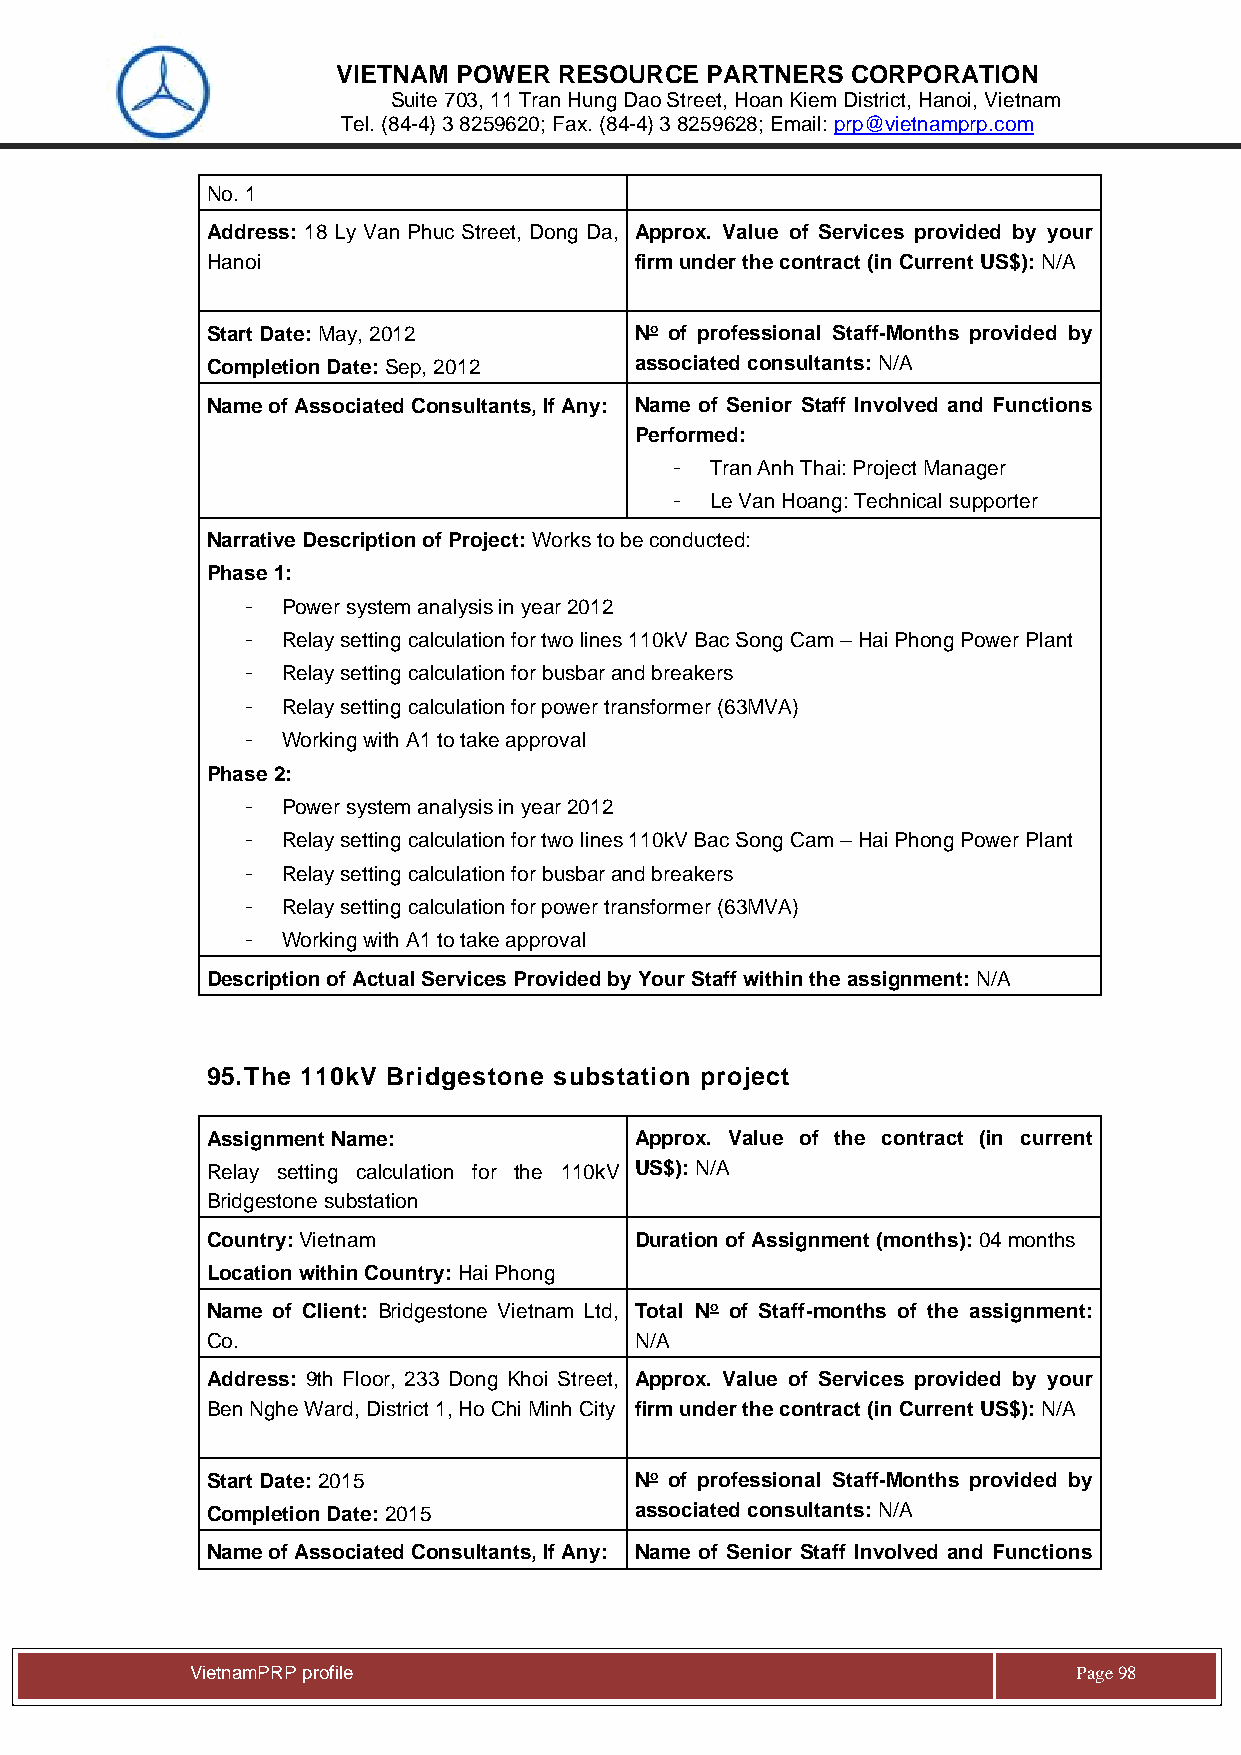
VIETNAM POWER  RESOURCE  PARTNERS CORPORATION
 Suite 703, 11 Tran Hung Dao Street, Hoan Kiem District, Hanoi, Vietnam
 Tel. (84-4) 3 8259620; Fax. (84-4) 3 8259628; Email: prp@vietnamprp.com
 No. 1
 Address: 18 Ly Van Phuc Street, Dong Da, Approx. Value of Services provided by your
 Hanoi                       firm under the contract (in Current US$): N/A
 Start Date: May, 2012       No of professional Staff-Months provided by
 Completion Date: Sep, 2012  associated consultants: N/A
 Name of Associated Consultants, If Any: Name of Senior Staff Involved and Functions
 Performed:
 -  Tran Anh Thai: Project Manager
 -  Le Van Hoang: Technical supporter
 Narrative Description of Project: Works to be conducted:
 Phase 1:
 -  Power system analysis in year 2012
 -  Relay setting calculation for two lines 110kV Bac Song Cam – Hai Phong Power Plant
 -  Relay setting calculation for busbar and breakers
 -  Relay setting calculation for power transformer (63MVA)
 -  Working with A1 to take approval
 Phase 2:
 -  Power system analysis in year 2012
 -  Relay setting calculation for two lines 110kV Bac Song Cam – Hai Phong Power Plant
 -  Relay setting calculation for busbar and breakers
 -  Relay setting calculation for power transformer (63MVA)
 -  Working with A1 to take approval
 Description of Actual Services Provided by Your Staff within the assignment: N/A
 95. The 110kV Bridgestone substation project
 Assignment Name:            Approx. Value of the contract (in current
 Relay setting calculation for the 110kV US$): N/A
 Bridgestone substation
 Country: Vietnam            Duration of Assignment (months): 04 months
 Location within Country: Hai Phong
 Name of Client: Bridgestone Vietnam Ltd, Total No of Staff-months of the assignment:
 Co.                         N/A
 Address: 9th Floor, 233 Dong Khoi Street, Approx. Value of Services provided by your
 Ben Nghe Ward, District 1, Ho Chi Minh City firm under the contract (in Current US$): N/A
 Start Date: 2015            No of professional Staff-Months provided by
 Completion Date: 2015       associated consultants: N/A
 Name of Associated Consultants, If Any: Name of Senior Staff Involved and Functions
 Vie tnamPRP profile                                       Page 98